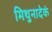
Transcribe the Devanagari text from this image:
मिथुनादेकं